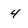
Character: 4